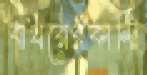
বাখরেরকান্দি